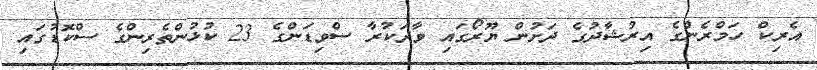
އެރިކް ހަމްރެންގެ އިރުޝާދުގެ ދަށުން ޔޫރޯގައި ވާދަކުރާ ސްވިޑަންގެ 23 ކުޅުންތެރިންގެ ސްކޮޑުގައި